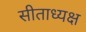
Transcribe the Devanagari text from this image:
सीताध्यक्ष